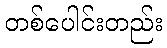
တစ်ပေါင်းတည်း